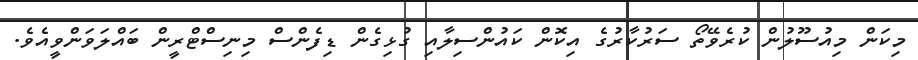
މިކަން މިއުސޫލުން ކުރެވޭތޯ ސަރުކާރުގެ އިކޮން ކައުންސިލާއި ގުޅިގެން ޑިފެންސް މިނިސްޓްރީން ބައްލަވަންވީއެވެ.